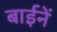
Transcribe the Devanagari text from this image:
बाईनें